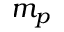
m _ { p }